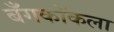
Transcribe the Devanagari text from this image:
बँगकॉकला